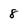
Character: 8